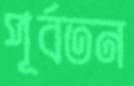
পূর্বতন